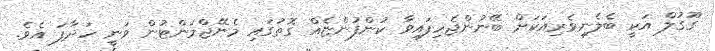
ގޫގުލް އަކީ ބެލެނިވެރިއަކަށް ބޭނުންޖެހިފައިވާ ކުންފުންޏެއް ގޮތުގައި މެނޭޖްމަންޓުން ވަނީ ހަދާފަ އެވެ.